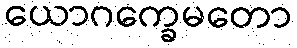
ယောဂက္ခေမတော